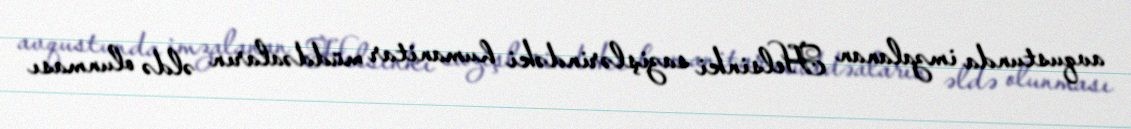
avqustunda imzalanan Helsinki sazişlərindəki humanitar müddəaların əldə olunması